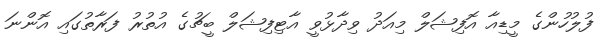
ފުލުހުންގެ މީޑިއާ އޮފިޝަލް މިއަދު ވިދާޅުވީ އާޓިފިޝަލް ބީޗުގެ އުތުރު ފަރާތުގައި އޮންނަ